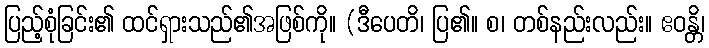
ပြည့်စုံခြင်း၏ ထင်ရှားသည်၏အဖြစ်ကို။ (ဒီပေတိ၊ ပြ၏။ စ၊ တစ်နည်းလည်း။ ဧဝန္တိ၊